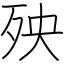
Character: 殃